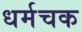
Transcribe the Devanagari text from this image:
धर्मचक